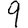
Digit: 9